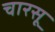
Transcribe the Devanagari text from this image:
चारसू